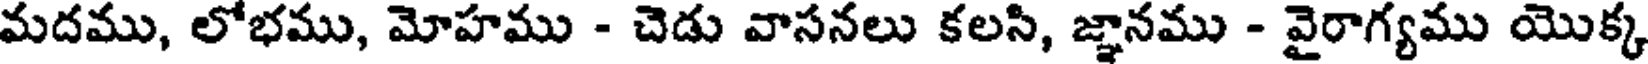
మదము, లోభము, మోహము - చెడు వాసనలు కలసి, జ్ఞానము - వైరాగ్యము యొక్క